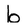
Character: b